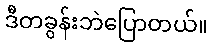
ဒီတခွန်းဘဲပြောတယ်။